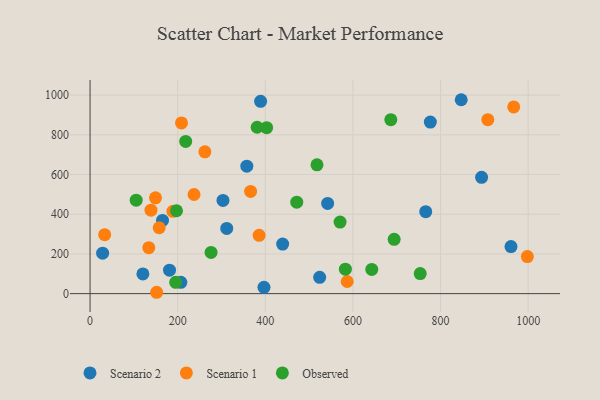
{"axis": {"x": "Study Hours", "y": "Fuel Efficiency"}, "legend": ["Observed", "Scenario 1", "Scenario 2"], "data": [{"x": "893.7", "y": 585.7, "type": "Scenario 2"}, {"x": "847.2", "y": 976.8, "type": "Scenario 2"}, {"x": "357.8", "y": 642.3, "type": "Scenario 2"}, {"x": "524.1", "y": 82.2, "type": "Scenario 2"}, {"x": "312.0", "y": 328.4, "type": "Scenario 2"}, {"x": "120.6", "y": 99.4, "type": "Scenario 2"}, {"x": "960.8", "y": 236.9, "type": "Scenario 2"}, {"x": "776.7", "y": 864.0, "type": "Scenario 2"}, {"x": "389.3", "y": 968.5, "type": "Scenario 2"}, {"x": "542.3", "y": 454.2, "type": "Scenario 2"}, {"x": "766.2", "y": 412.7, "type": "Scenario 2"}, {"x": "181.4", "y": 118.0, "type": "Scenario 2"}, {"x": "397.0", "y": 31.8, "type": "Scenario 2"}, {"x": "303.4", "y": 469.8, "type": "Scenario 2"}, {"x": "439.6", "y": 249.9, "type": "Scenario 2"}, {"x": "28.7", "y": 203.9, "type": "Scenario 2"}, {"x": "207.2", "y": 57.0, "type": "Scenario 2"}, {"x": "165.4", "y": 368.6, "type": "Scenario 2"}, {"x": "998.2", "y": 186.9, "type": "Scenario 1"}, {"x": "152.0", "y": 6.9, "type": "Scenario 1"}, {"x": "907.9", "y": 876.5, "type": "Scenario 1"}, {"x": "139.1", "y": 420.6, "type": "Scenario 1"}, {"x": "149.4", "y": 482.7, "type": "Scenario 1"}, {"x": "366.4", "y": 515.1, "type": "Scenario 1"}, {"x": "208.7", "y": 859.7, "type": "Scenario 1"}, {"x": "967.0", "y": 940.3, "type": "Scenario 1"}, {"x": "33.4", "y": 297.1, "type": "Scenario 1"}, {"x": "385.9", "y": 294.0, "type": "Scenario 1"}, {"x": "587.0", "y": 61.2, "type": "Scenario 1"}, {"x": "134.1", "y": 231.7, "type": "Scenario 1"}, {"x": "237.3", "y": 499.5, "type": "Scenario 1"}, {"x": "157.8", "y": 331.9, "type": "Scenario 1"}, {"x": "189.1", "y": 414.5, "type": "Scenario 1"}, {"x": "262.1", "y": 714.6, "type": "Scenario 1"}, {"x": "218.3", "y": 766.7, "type": "Observed"}, {"x": "570.7", "y": 360.6, "type": "Observed"}, {"x": "195.5", "y": 57.1, "type": "Observed"}, {"x": "403.1", "y": 836.2, "type": "Observed"}, {"x": "105.3", "y": 470.7, "type": "Observed"}, {"x": "686.5", "y": 876.3, "type": "Observed"}, {"x": "643.0", "y": 121.9, "type": "Observed"}, {"x": "276.2", "y": 207.4, "type": "Observed"}, {"x": "197.4", "y": 417.6, "type": "Observed"}, {"x": "582.8", "y": 123.2, "type": "Observed"}, {"x": "694.1", "y": 273.4, "type": "Observed"}, {"x": "471.8", "y": 460.7, "type": "Observed"}, {"x": "753.6", "y": 101.1, "type": "Observed"}, {"x": "381.4", "y": 838.2, "type": "Observed"}, {"x": "518.0", "y": 648.8, "type": "Observed"}]}